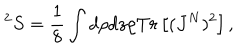
^ 2 S = \frac { 1 } { 8 } \int d \rho d z \rho T r \left[ ( J ^ { N } ) ^ { 2 } \right] ,